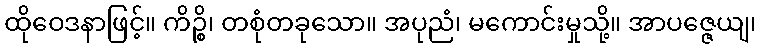
ထိုဝေဒနာဖြင့်။ ကိဉ္စိ၊ တစုံတခုသော။ အပုညံ၊ မကောင်းမှုသို့။ အာပဇ္ဇေယျ၊